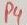
Text: P4